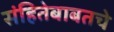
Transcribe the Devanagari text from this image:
संहितेबाबतचे